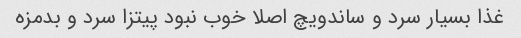
غذا بسیار سرد و ساندویچ اصلا خوب نبود پیتزا سرد و بدمزه